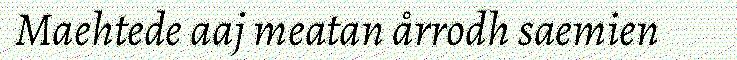
Maehtede aaj meatan årrodh saemien